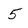
Character: 5